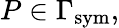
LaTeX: P\in\Gamma_{\mathrm{{sym}}},